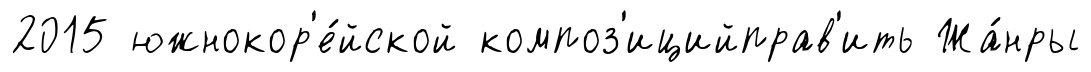
2015 южнокор'е́йской композ'ицийправ'ить Жа́нры